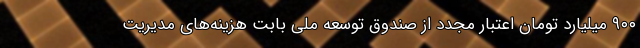
٩٠٠ میلیارد تومان اعتبار مجدد از صندوق توسعه ملی بابت هزینه‌های مدیریت